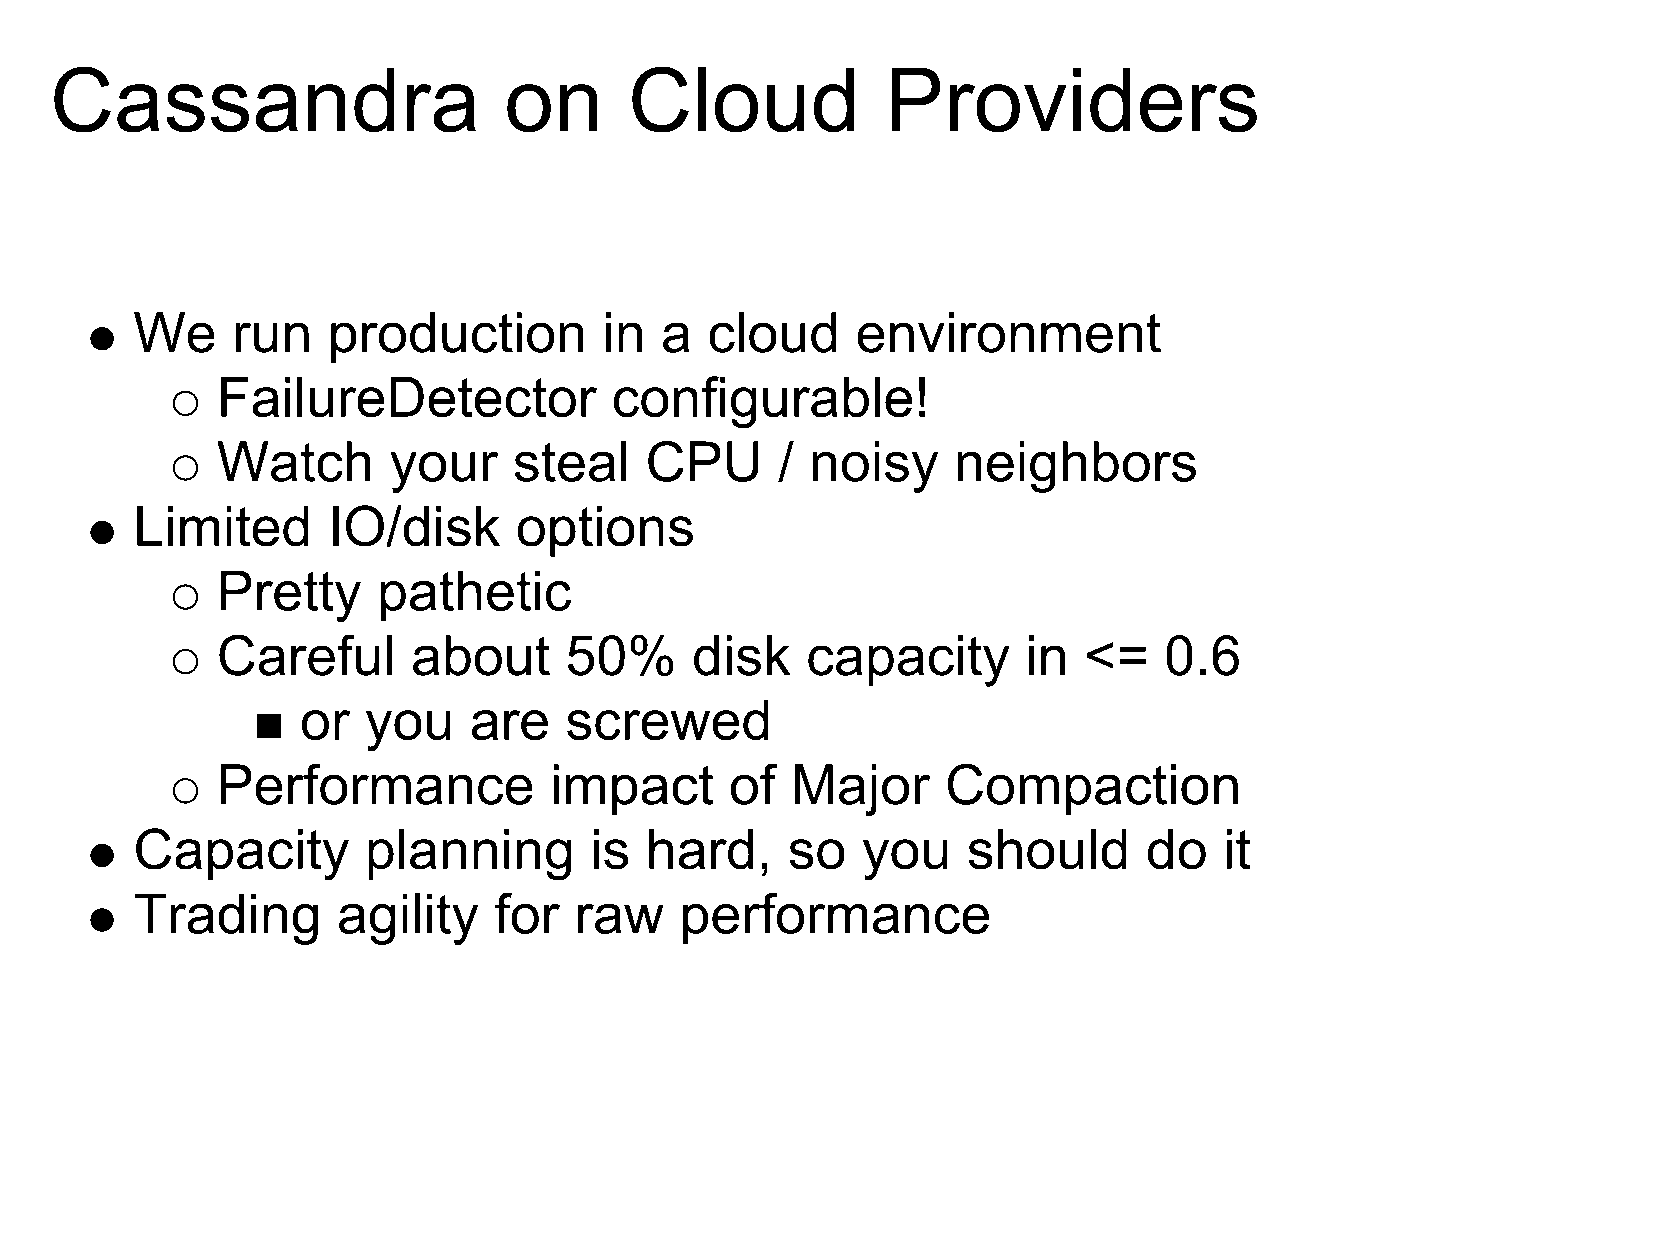
Cassandra                     on       Cloud            Providers
 We    run    production        in  a  cloud     environment
 FailureDetector           configurable!
 Watch       your    steal    CPU      / noisy    neighbors
 Limited      IO/disk     options
 Pretty     pathetic
 Careful      about     50%      disk   capacity       in  <=   0.6
 or  you    are   screwed
 Performance           impact      of  Major      Compaction
 Capacity       planning       is  hard,    so   you    should      do   it
 Trading      agility    for  raw    performance